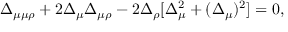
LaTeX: \Delta _ { \mu \mu \rho } + 2 \Delta _ { \mu } \Delta _ { \mu \rho } - 2 \Delta _ { \rho } [ \Delta _ { \mu } ^ { 2 } + ( \Delta _ { \mu } ) ^ { 2 } ] = 0 ,